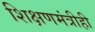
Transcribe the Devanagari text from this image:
शिक्षणमंत्रीही